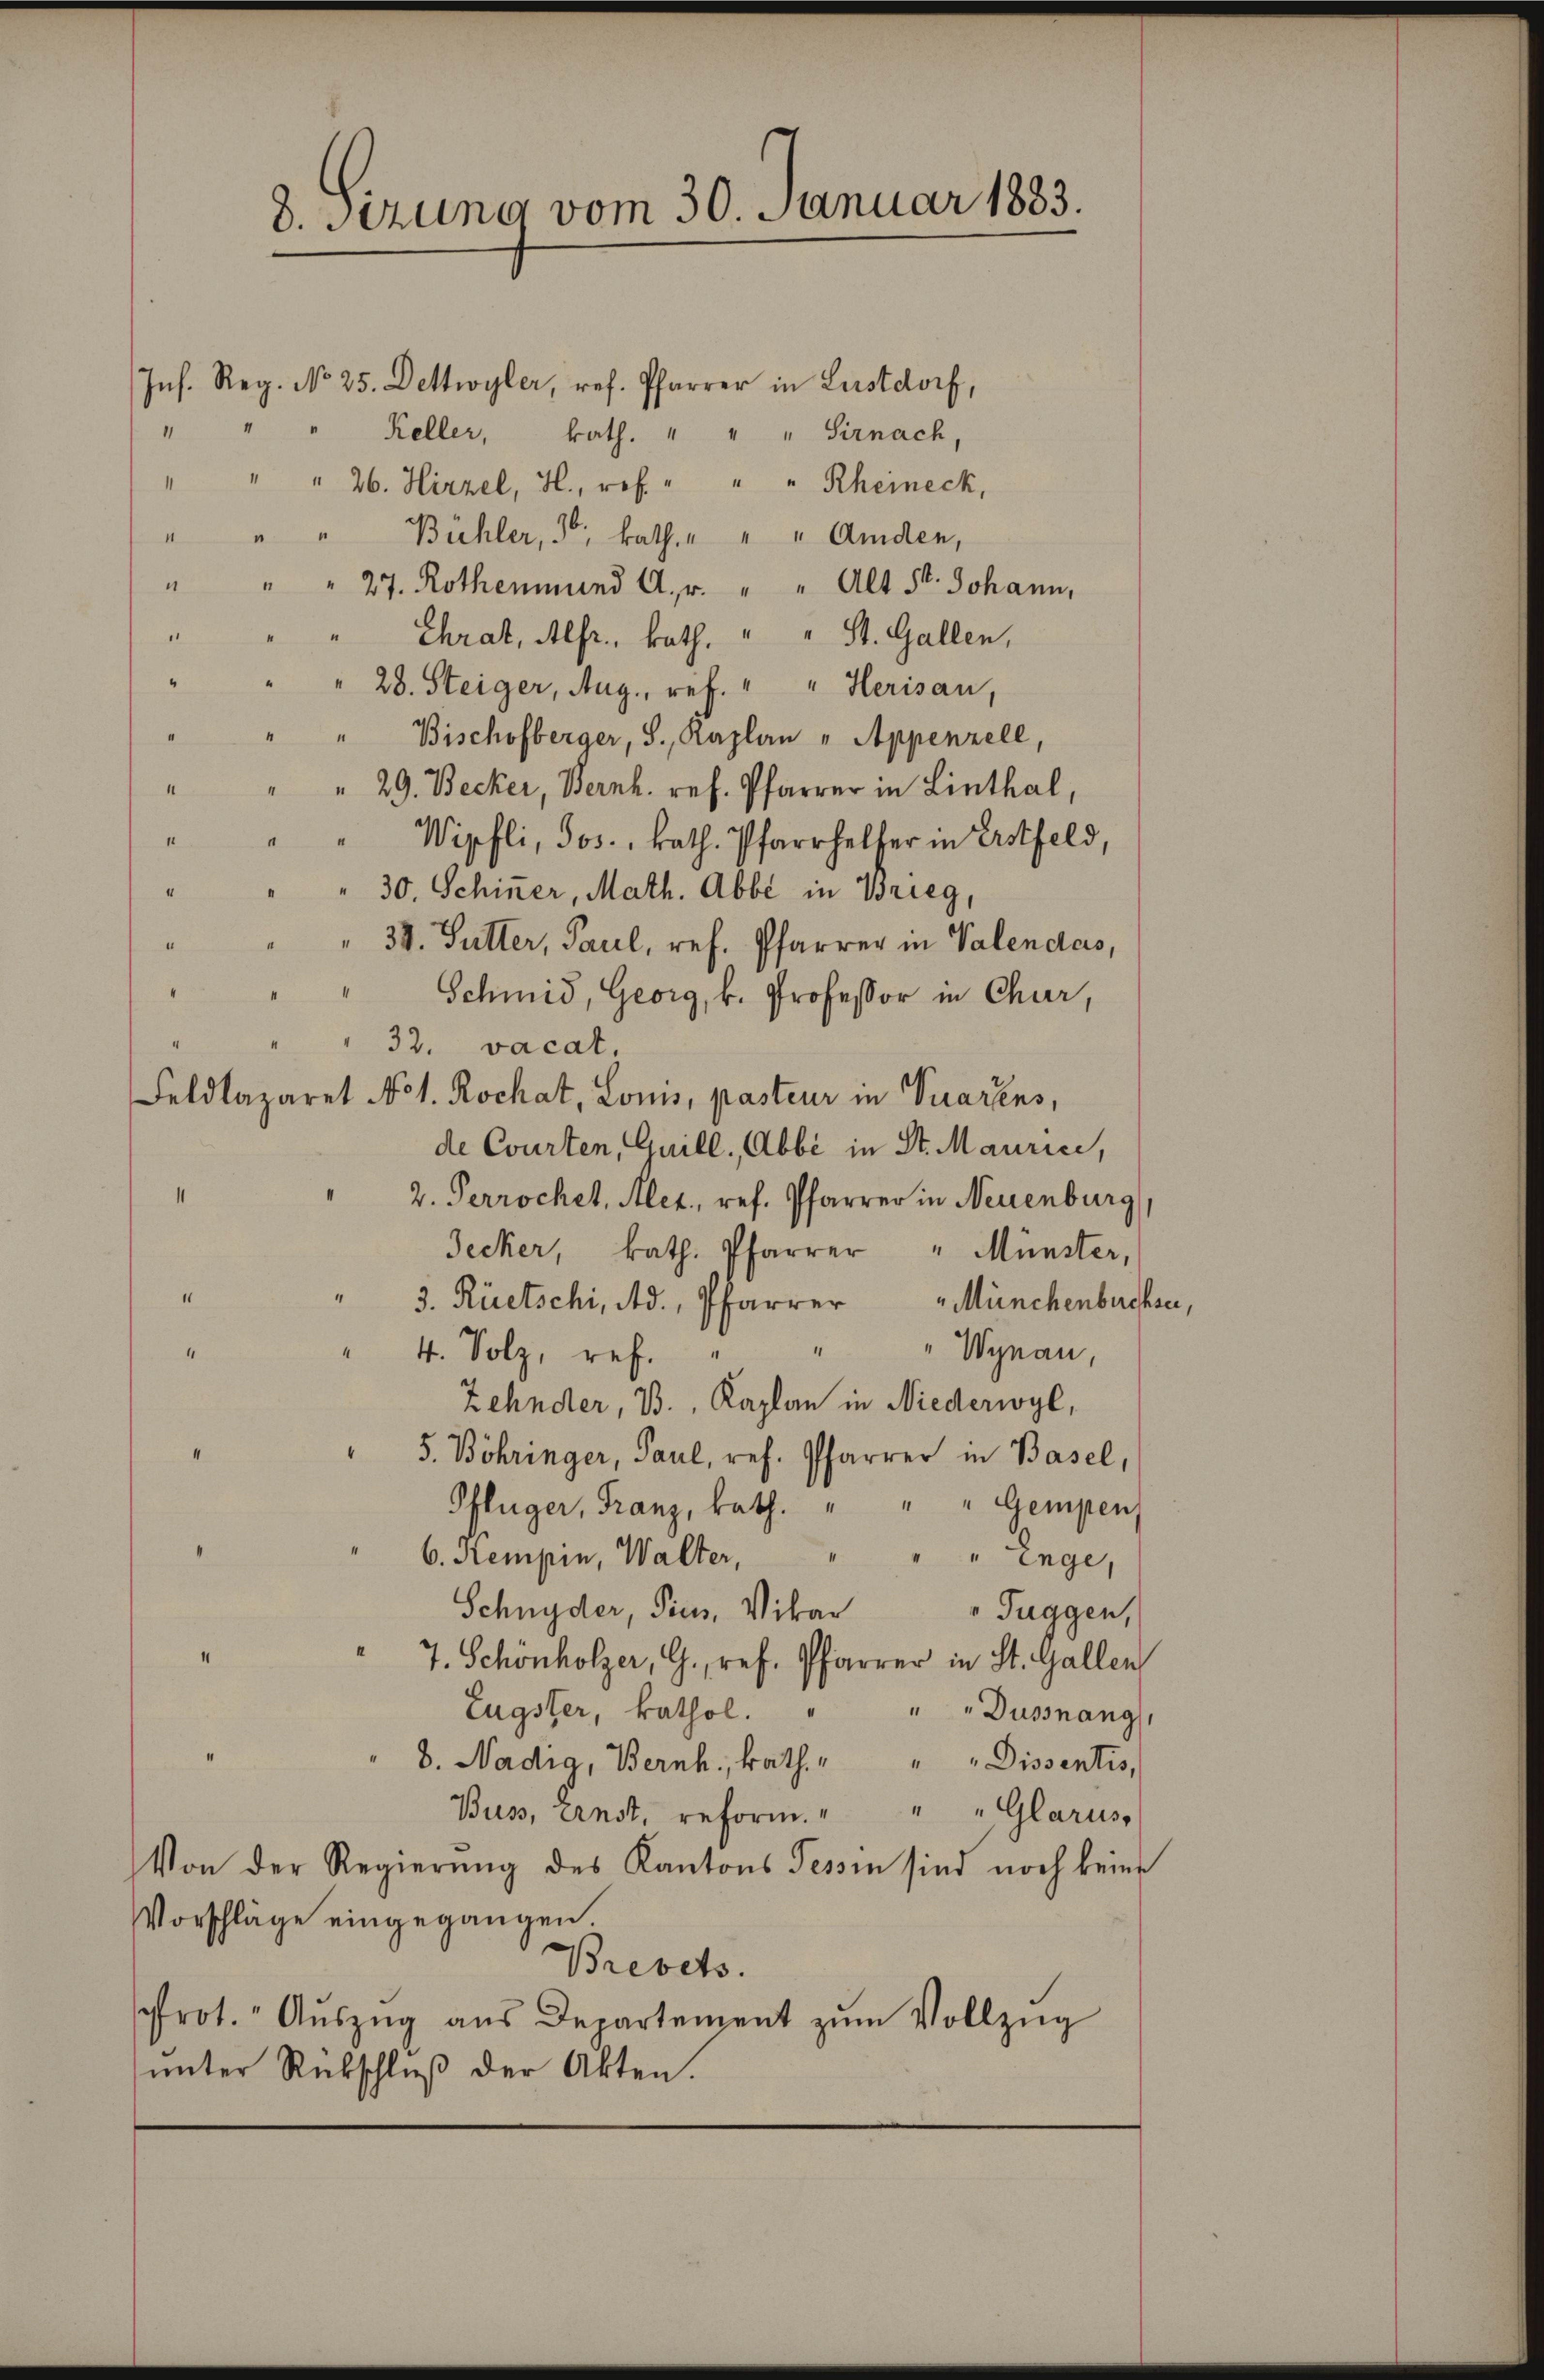
8. Sezung vom 30. Januar 1883.

Ins. Reg. No 25. Dettwyler, ref. Pfarrer in Lustdorf,
1
Keller, kath. " " " Sirnach,
I
" 26. Hirzel, H., ref. " " " Rheineck,
" " " Bühler, 3 kath. " " " Amden,
“
" " 27. Rothenmund A. r. " " Alt St. Johann,
.
Chrat, Alfr., kath. " " St. Gallen,
28. Steiger, Aug., ref. " " Herisau,
Bischofberger, S. Kaplan " Appenzell,
" 29. Becker, Bernh. ref. Pfarrer in Linthal,
Wipfli, Jos., kath. Pfarrhelfer in Erstfeld,
4
30. Schiner, Math. Abbe in Brieg,
“
34. Fulter, Paul, ref. Pfarrer in Valendes,
Schmid, Georg, k. Professor in Chur,
" 32. vacat.
Feldlazaret No 1. Rochat, Louis, pasteur in Verarens,
de Courten, Guill. Abbi in St. Maurice,
2. Perrochet, Alez, ref. Pfarrer in Neuenburg,
Jecker, kath. Pfarrer " Münster,
3. Rüetschi, Ad., Pfarrer Münchenburchser,
Wynau,
4. Solz, ref.
Zehnder, B., Kaplan in Niederwyl,
5. Böhringer, Paul, ref. Pfarrer in Basel,
Pflüger, Franz, kath. " " " Gempen,
"" Enge,
6. Sempin, Walter,
Schnyder, Sie, Vikar
Tuggen,
7. Schönholzer, G., ref. Pfarrer in St. Gallen
Eugster, kathol. "Dussnang,
8. Nadig, Bernh, kath. " " " Dissentis,
Buss, Arnst, reform. " " " Glarus,
Von der Regierŭng des Kantons Tessin sind noch keine
Vorschläge eingegangen.
Brevets.
rot." Aŭszŭg aŭs Departement zŭm Vollzŭg
unter Rückschluß der Akten.